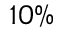
1 0 \%